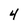
Character: 4